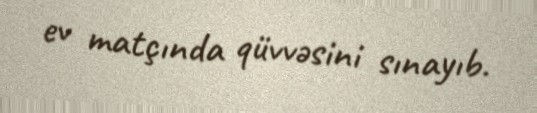
ev matçında qüvvəsini sınayıb.